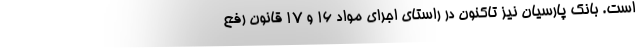
است. بانک پارسیان نیز تاکنون در راستای اجرای مواد 16 و 17 قانون رفع